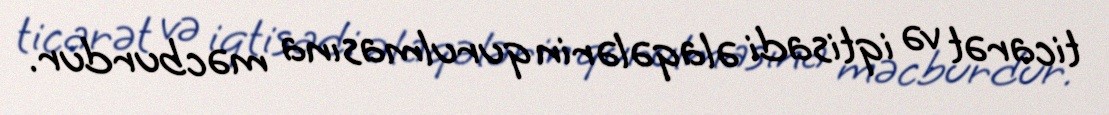
ticarət və iqtisadi əlaqələrin qurulmasına məcburdur.